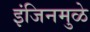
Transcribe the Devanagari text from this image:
इंजिनमुळे